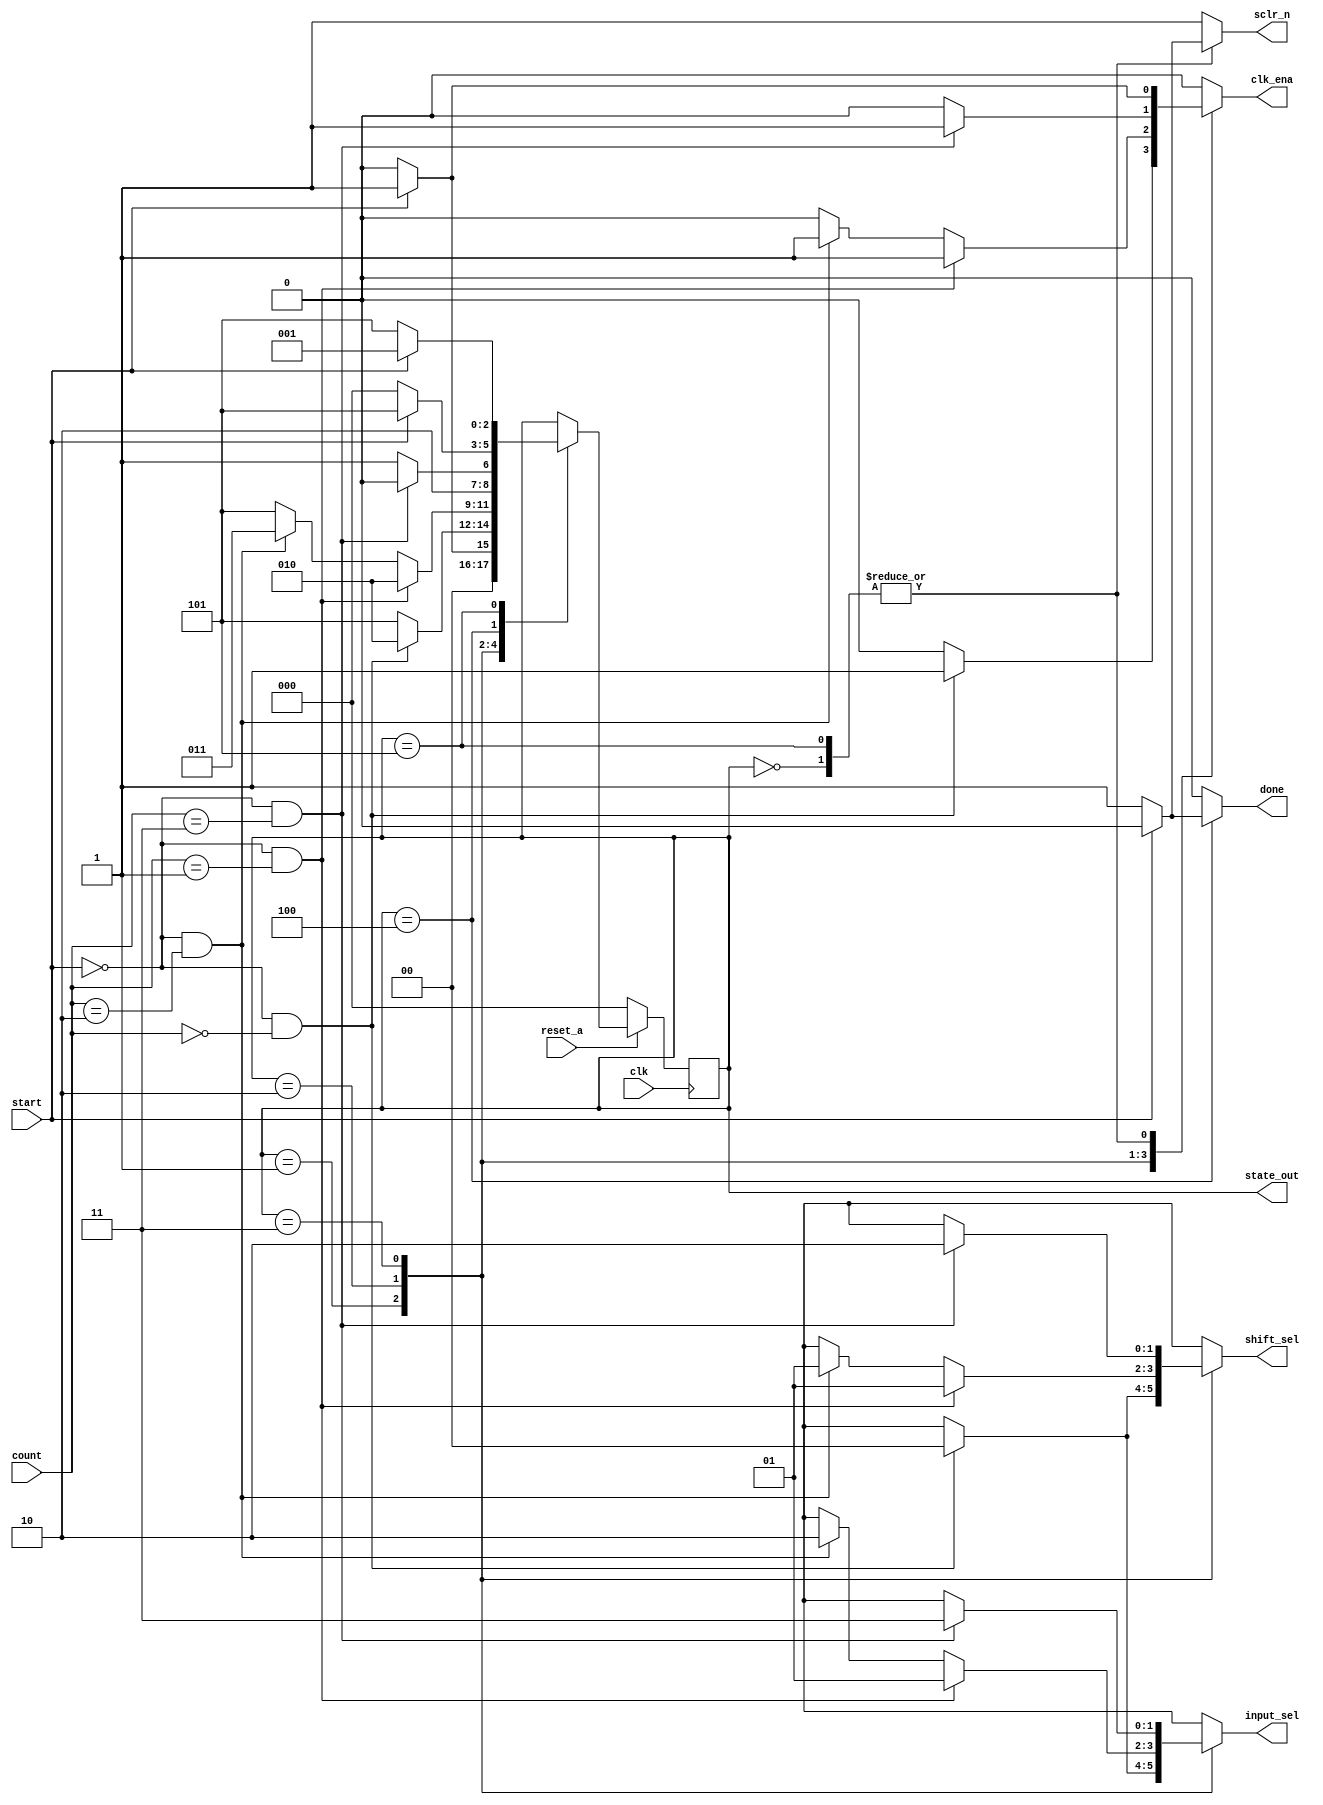
module mult_control(
input clk,reset_a,start,
input [1:0] count,
output reg [1:0] input_sel,shift_sel,
output  [2:0] state_out,
output reg done,clk_ena,sclr_n
);

reg [2:0] state_out_reg,next_state;


localparam IDLE=3'b000;
localparam LSB=3'b001; 
localparam MID=3'b010; 
localparam MSB=3'b011; 
localparam CALC_DONE=3'b100; 
localparam ERR=3'b101; 
 

always@(posedge clk)
begin
if(~ reset_a)
	state_out_reg<=IDLE;
else
	state_out_reg<=next_state;
end


always@(*)
begin

done = 1'b0 ;
clk_ena = 1'b0 ;
sclr_n = 1'b1 ;
input_sel = 2'bxx ;
shift_sel =2'bxx ;

	case(state_out_reg)
		IDLE: begin
		if(start) begin
			next_state=LSB;
			clk_ena = 1'b1 ;
            sclr_n = 1'b0 ;
			end
			
		  else
	         next_state=IDLE;
	      end
	      
  		LSB: begin
  		if(start==0 && count==2'b00) begin
			next_state=MID;
			input_sel = 2'b00 ;
            shift_sel =2'b00 ;
			clk_ena = 1'b1 ;
            sclr_n = 1'b1 ;
			end
		else
	       next_state=ERR;
	    end
	     
		MID : begin
		if(start==0 && count==2'b01) begin
			next_state=MID;
			input_sel = 2'b01 ;
            shift_sel =2'b01 ;
            clk_ena = 1'b1 ;
            sclr_n = 1'b1 ;
			end
			
		     else if(start==0 && count==2'b10) begin
			next_state=MSB;
			input_sel = 2'b10 ;
            shift_sel =2'b01 ;
            clk_ena = 1'b1 ;
            sclr_n = 1'b1 ;
			end
			
		     else
			next_state=ERR;
	      end
	             
		MSB:
		if(start==0 && count==2'b11) begin
			next_state=CALC_DONE;
			input_sel = 2'b11 ;
            shift_sel =2'b10 ;
            clk_ena = 1'b1 ;
             sclr_n = 1'b1 ;
			end
			
		   else
	        next_state=ERR;
	        	
 		CALC_DONE:
 		 if(start==0) begin
			next_state=IDLE;
			done = 1'b1 ;
			clk_ena = 1'b0 ;
            sclr_n = 1'b1 ;
	      end
	      
		  else
	        next_state=ERR;
	             
		ERR:
		if(start) begin
			next_state=LSB;
			clk_ena = 1'b1 ;
            sclr_n = 1'b0 ;
			end
			
		   else
	        next_state=ERR;
	        
		default:next_state=state_out_reg;
	endcase

end

assign state_out = state_out_reg ;

endmodule